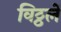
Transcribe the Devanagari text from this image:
विठ्ठलें